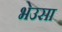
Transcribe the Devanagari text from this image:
भेउसा